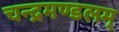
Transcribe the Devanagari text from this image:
चन्द्रमण्डलम्